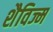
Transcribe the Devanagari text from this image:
शैविज्म